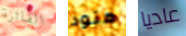
الفائزة هنود عاديا